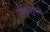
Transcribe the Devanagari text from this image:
संकलपने